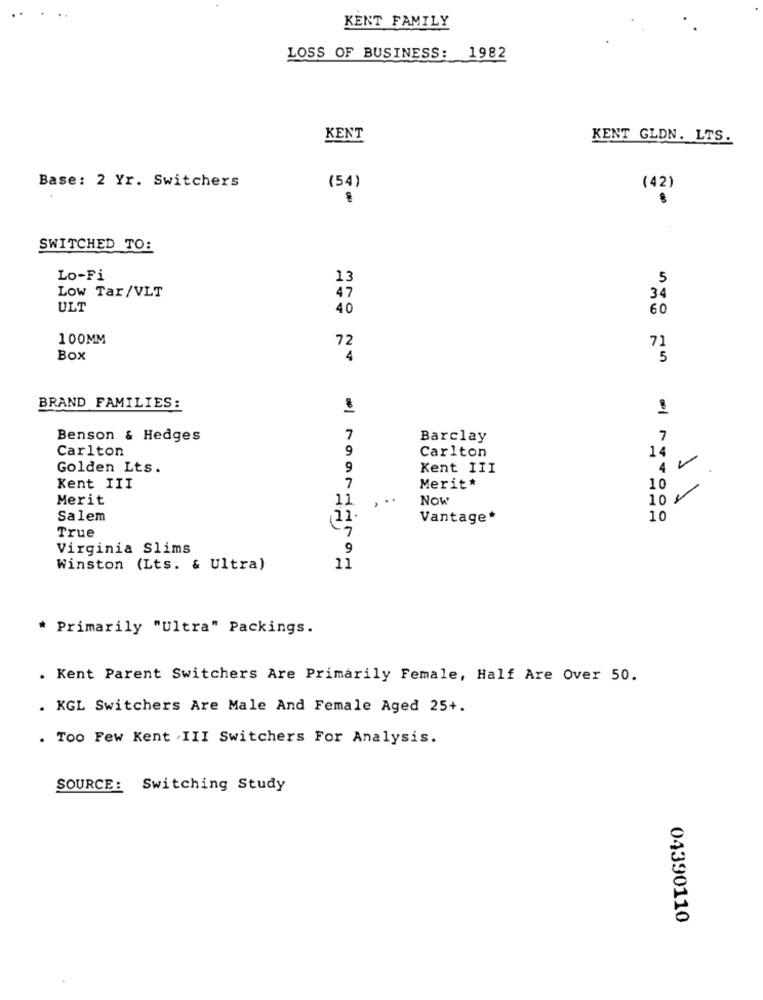
KENT FAMILY
LOSS OF BUSINESS: 1982
KENT
KENT GLDN. LTS.
Base: 2 Yr. Switchers
(54)
(42)
SWITCHED TO:
Lo-Fi
13
5
Low Tar/VLT
47
34
ULT
40
60
100MM
72
72
Box
4
BRAND FAMILIES:
1
Benson & Hedges
7
Barclay
7
Carlton
9
Carlton
14
Golden Lts.
9
Kent III
4
Kent III
7
Merit*
10
Merit
Now
10
11
11
Salem
(11.
Vantage*
10
True
Virginia Slims
9
Winston (Lts. & Ultra)
11
* Primarily "Ultra" Packings.
. Kent Parent Switchers Are Primarily Female, Half Are Over 50.
. KGL Switchers Are Male And Female Aged 25+.
. Too Few Kent . III Switchers For Analysis.
SOURCE: Switching Study
04390110